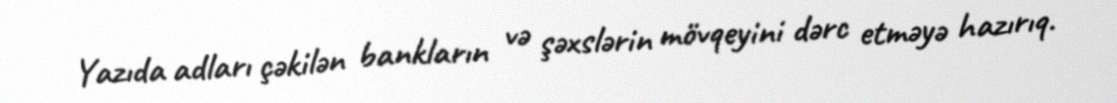
Yazıda adları çəkilən bankların və şəxslərin mövqeyini dərc etməyə hazırıq.